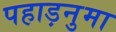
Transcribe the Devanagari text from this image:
पहाड़नुमा